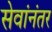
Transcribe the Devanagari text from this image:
सेवांनंतर